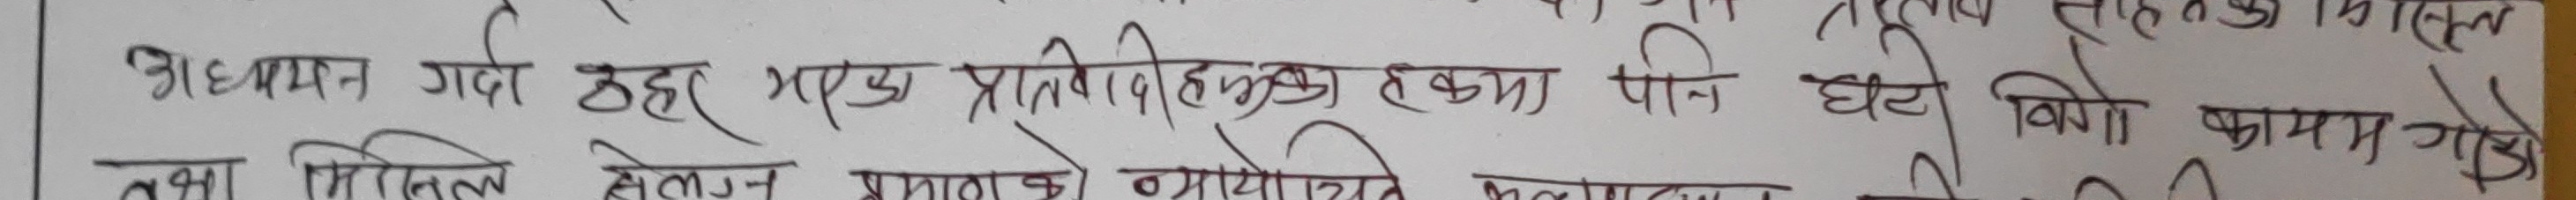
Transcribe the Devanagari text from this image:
अध्ययन गर्दा ठहर भएका प्रतिवेहि हकमा पनि घटो बिगो कायम गरेओ
वथा मिसिल सेलग्न प्रमाणको व्यायोचिते